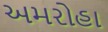
અમરોહા